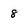
Character: 8